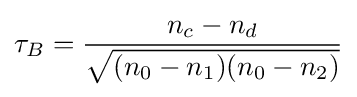
\tau _{B}={\frac {n_{c}-n_{d}}{\sqrt {(n_{0}-n_{1})(n_{0}-n_{2})}}}